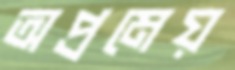
অপ্রমেয়